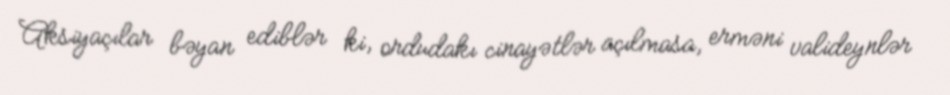
Aksiyaçılar bəyan ediblər ki, ordudakı cinayətlər açılmasa, erməni valideynlər